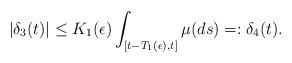
LaTeX: \begin{align*} |\delta_3(t)|\leq K_1(\epsilon) \int_{[t-T_1(\epsilon),t]} \mu(ds)=: \delta_4(t).\end{align*}